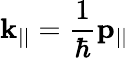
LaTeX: \mathbf{k}_{||}={\frac{1}{\hbar}}\mathbf{p}_{||}